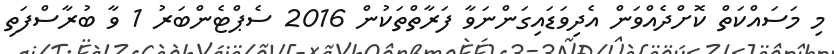
މި މަސައްކަތް ކޮށްދެއްވަން އެދިވަޑައިގަންނަވާ ފަރާތްތަކުން 2016 ސެޕްޓެންބަރު 1 ވާ ބުރާސްފަތި